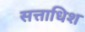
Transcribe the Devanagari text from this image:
सत्ताधिश